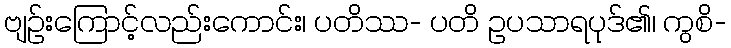
ဗျဉ်းကြောင့်လည်းကောင်း၊ ပတိဿ- ပတိ ဥပသာရပုဒ်၏၊ ကွစိ-